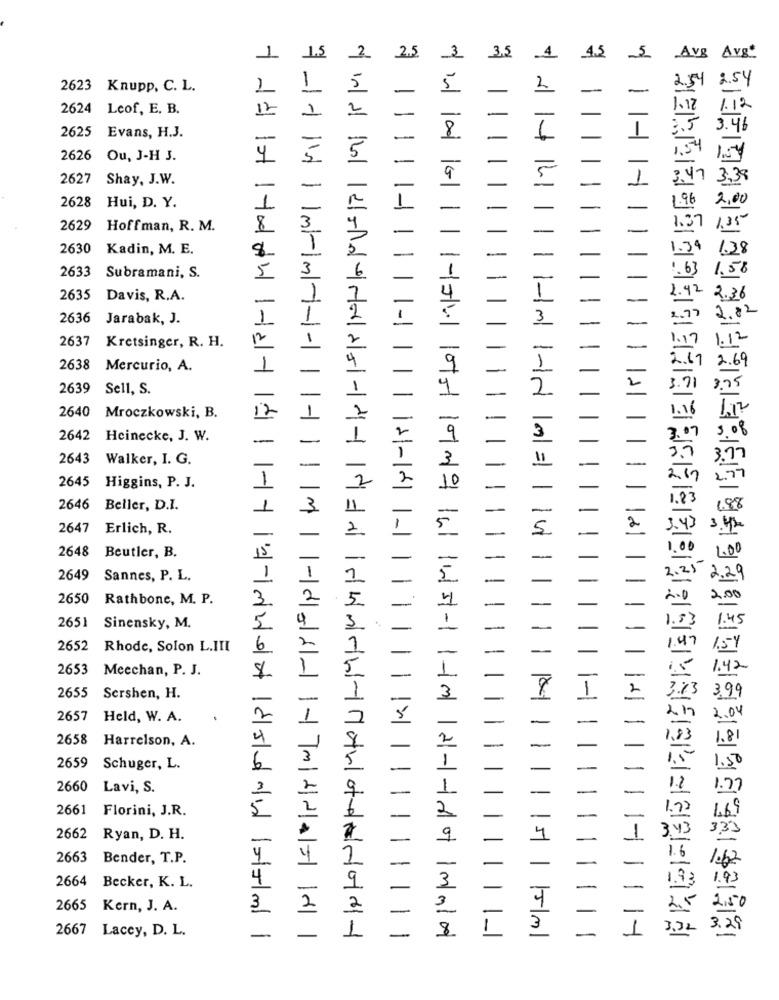
1
1.5
2
2.5
3
3,5
4
4.5
Avg Avg
2623 Knupp, C. L.
1
1
5
2
2624
Leof, E. B.
12
1
2
2625
Evans, H.J.
-
2626
Ou, J-H J.
4
5
5
2627
Shay, J.W.
3.38
-
141
1 1H- H
2628
Hui, D. Y.
.96
2629
Hoffman, R. M.
8
2630
Kadin, M. E.
$
2633
Subramani, S.
5
2635
Davis, R.A.
2636
Jarabak, J.
2637
Kretsinger, R. H.
2638
Mercurio, A.
2639
Sell, S.
12
2640 Mroczkowski, B.
1-
2642
Heinecke, J. W.
-
2643
Walker, I. G.
2645 Higgins, P. J.
1
1-1-1-1
2646
Beller, D.I.
2647
Erlich, R.
1-
1-1ml H1n 1=14
1.01
2648
Beutler, B.
2649 Sannes, P. L.
2650
Rathbone, M. P.
2651
Sinensky, M.
2652 Rhode, Solon L.III
6
2653
Meechan, P. J.
2655 Sershen, H.
2657 Held, W. A.
1
2658
Harrelson, A.
2659
Schuger, L.
2660
Lavi, S.
2661
Florini, J.R.
2662
Ryan, D. H.
15
2663
Bender, T.P.
4
2664
Becker, K. L.
2665
Kern, J. A.
2667 Lacey, D. L.
-
m -dd- mmdday ||
-
21 -1 -1 of 1mlnlod
15/ml
1
141119